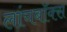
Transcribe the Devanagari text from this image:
लांचबॉक्स